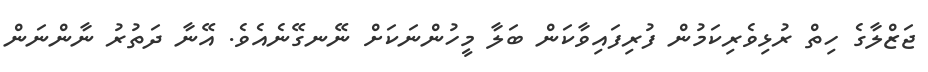
ޖަޒްލާގެ ހިތް ރުޅިވެރިކަމުން ފުރިފައިވާކަން ބަލާ މީހުންނަކަށް ނޭނގޭނެއެވެ. އޭނާ ދަތުރު ނާންނަން